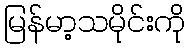
မြန်မာ့သမိုင်းကို